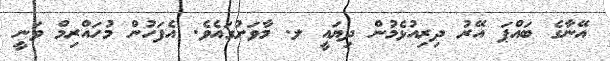
އޭނާގެ ބައްޕަ އޭރު ދިރިއުޅެމުން ދިޔައީ ލ. މާވަށުގައެވެ. އެފަހުން މުހައްރިމް ވަނީ